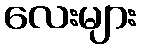
လေးများ